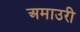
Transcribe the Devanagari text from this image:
अमाउरी